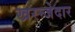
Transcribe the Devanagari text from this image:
खरन्जेदार